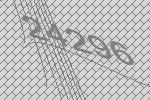
24296